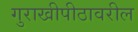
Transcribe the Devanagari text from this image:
गुराखीपीठावरील